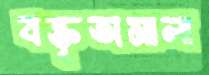
বক্তৃতামালা